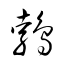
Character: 鵓